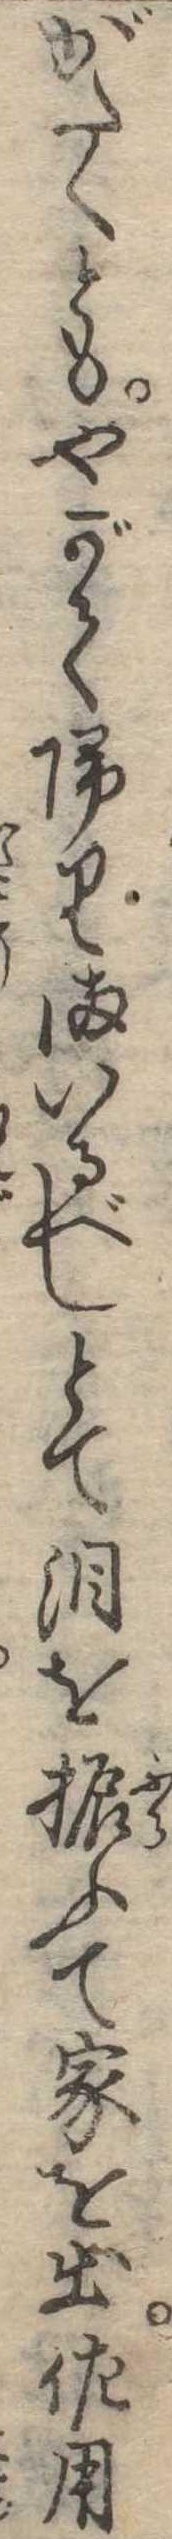
がたくともやがて帰りまいるべしとて涙を振ふて家を出佐用